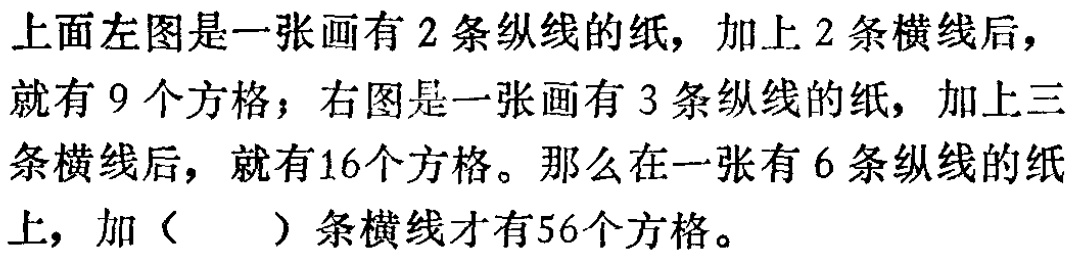
上面左图是一张画有 2 条纵线的纸，加上 2 条横线后，就有 9 个方格；右图是一张画有 3 条纵线的纸，加上三条横线后，就有16个方格。那么在一张有 6 条纵线的纸上，加（  ）条横线才有56个方格。